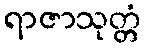
ရာဇာသုတ္တံ